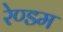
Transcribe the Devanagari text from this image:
रेण्डम